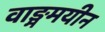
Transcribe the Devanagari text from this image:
वाङ्ममयीन